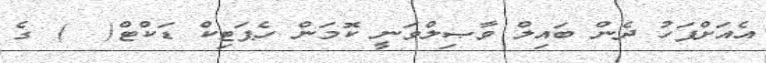
އެއަށްފަހު ދެން ބައިލް ވާޞިލްވަނީ ކޮމަން ހެޕަޓިކް ޑަކްޓް(  ) ގެ